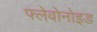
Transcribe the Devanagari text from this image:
फ्लेवोनोइड